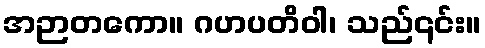
အဉာတကော။ ဂဟပတိဝါ၊ သည်၎င်း။